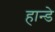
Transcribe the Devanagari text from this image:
हान्डे